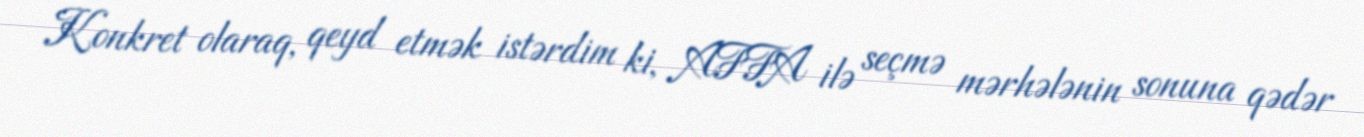
Konkret olaraq, qeyd etmək istərdim ki, AFFA ilə seçmə mərhələnin sonuna qədər